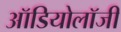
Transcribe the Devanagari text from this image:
ऑडियोलॉजी